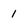
Character: 1